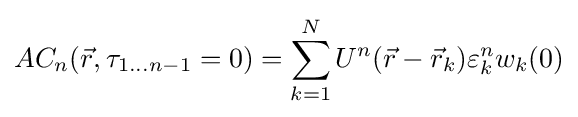
AC_{n}({\vec {r}},\tau _{1\ldots n-1}=0)=\sum _{k=1}^{N}U^{n}({\vec {r}}-{\vec {r}}_{k})\varepsilon _{k}^{n}w_{k}(0)